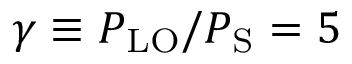
\gamma \equiv P _ { \mathrm { L O } } / P _ { \mathrm { S } } = 5